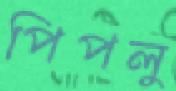
পিপলু